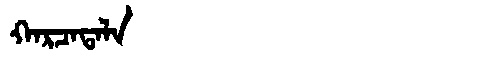
Manchu: ᡴᠠᡵᠴᠠᡨᠠᠯᠠ
Romanization: KARCATALA